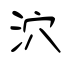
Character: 泬